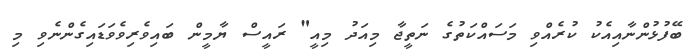
ބޭފުޅުންނާއިއެކު ކުރެއްވި މަސައްކަތުގެ ނަތީޖާ މިއަދު މިއީ" ރައީސް ޔާމީން ބައިވެރިވެވަޑައިގެންނެވި މި